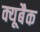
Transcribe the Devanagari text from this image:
क्यूबैक